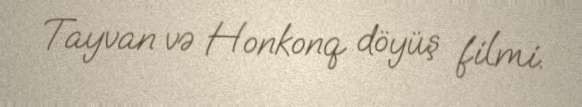
Tayvan və Honkonq döyüş filmi.